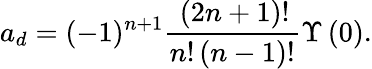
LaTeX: {a_{d}}=(-1)^{n+1}\frac{\, (2n+1)!}{{n}!\left(n-1\right)!}\Upsilon\left(0\right).